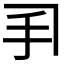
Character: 𫼓